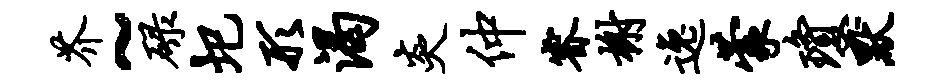
芥~碌圯形渴炎仲睿榭逸蒙琼默